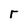
Character: r